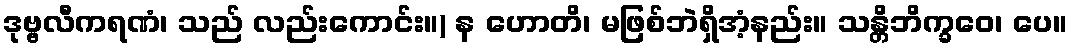
ဒုဗ္ဗလီကရဏံ၊ သည် လည်းကောင်း။) န ဟောတိ၊ မဖြစ်ဘဲရှိအံ့နည်း။ သန္တိဘိက္ခဝေ၊ ပေ။